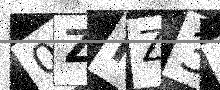
Text: 0ZIZ3Z